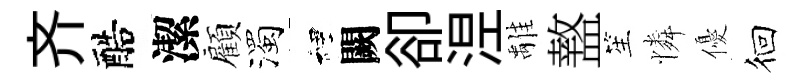
齐醅潔顧濁裡闕卻𣵀𩀌盩笙憐優徊